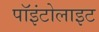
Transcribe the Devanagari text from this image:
पॉइंटोलाइट